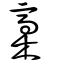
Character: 槀